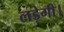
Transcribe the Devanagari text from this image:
लड़ेगी।